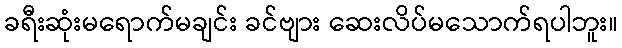
ခရီးဆုံးမရောက်မချင်း ခင်ဗျား ဆေးလိပ်မသောက်ရပါဘူး။